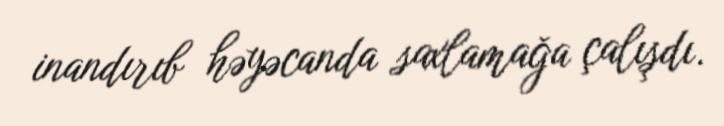
inandırıb həyəcanda saxlamağa çalışdı.